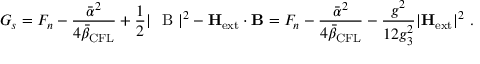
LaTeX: G _ { s } = F _ { n } - \frac { { \bar { \alpha } } ^ { 2 } } { 4 { \bar { \beta } } _ { \mathrm { C F L } } } + \frac 1 2 | \mathrm { \boldmath ~ { \cal ~ B } ~ } | ^ { 2 } - { \bf H } _ { \mathrm { e x t } } \cdot { \bf B } = F _ { n } - \frac { { \bar { \alpha } } ^ { 2 } } { 4 { \bar { \beta } } _ { \mathrm { C F L } } } - \frac { g ^ { 2 } } { 1 2 g _ { 3 } ^ { 2 } } | { \bf H } _ { \mathrm { e x t } } | ^ { 2 } \ .